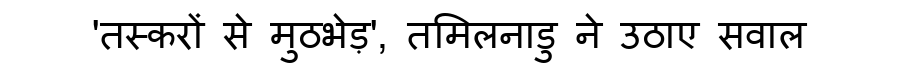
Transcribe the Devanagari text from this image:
'तस्करों से मुठभेड़', तमिलनाडु ने उठाए सवाल